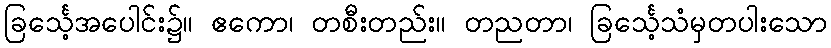
ခြင်္သေ့အပေါင်း၌။ ဧကော၊ တစီးတည်း။ တညတာ၊ ခြင်္သေ့သံမှတပါးသော